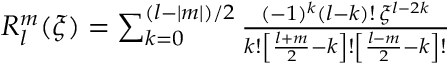
\begin{array} { r } { R _ { l } ^ { m } ( \xi ) = \sum _ { k = 0 } ^ { ( l - \vert m \vert ) / 2 } \frac { ( - 1 ) ^ { k } ( l - k ) ! \, \xi ^ { l - 2 k } } { k ! \left[ \frac { l + m } { 2 } - k \right] ! \left[ \frac { l - m } { 2 } - k \right] ! } } \end{array}